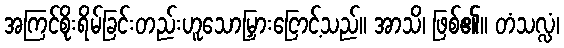
အကြင်စိုးရိမ်ခြင်းတည်းဟူသောမြှားငြောင့်သည်။ အာသိ၊ ဖြစ်၏။ တံသလ္လံ၊